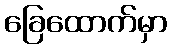
ခြေထောက်မှာ